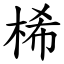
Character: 桸